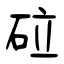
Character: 砬